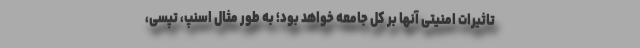
تاثیرات امنیتی آنها بر کل جامعه خواهد بود؛ به طور مثال اسنپ، تپسی،